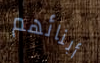
أبنائهم